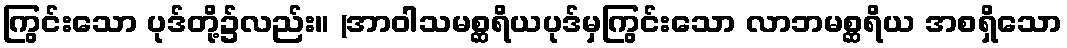
ကြွင်းသော ပုဒ်တို့၌လည်း။ (အာဝါသမစ္ဆရိယပုဒ်မှကြွင်းသော လာဘမစ္ဆရိယ အစရှိသော